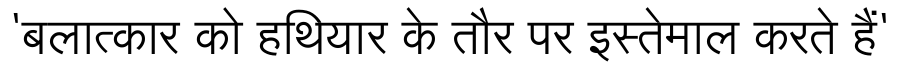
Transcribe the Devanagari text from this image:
'बलात्कार को हथियार के तौर पर इस्तेमाल करते हैं'